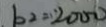
b _ { 2 } = 2 0 0 0